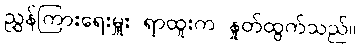
ညွှန်ကြားရေးမှူး ရာထူးက နှုတ်ထွက်သည်။